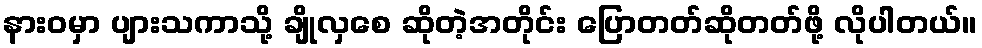
နားဝမှာ ပျားသကာသို့ ချိုလှစေ ဆိုတဲ့အတိုင်း ပြောတတ်ဆိုတတ်ဖို့ လိုပါတယ်။